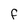
Character: f